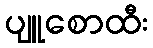
ပျူစောထီး